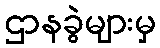
ဌာနခွဲများမှ